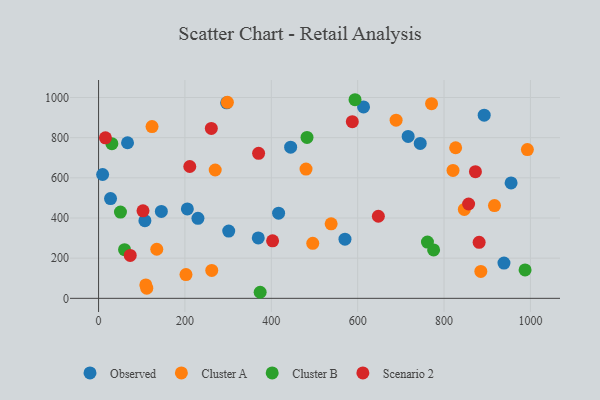
{"axis": {"x": "Study Hours", "y": "Demand"}, "legend": ["Cluster A", "Cluster B", "Observed", "Scenario 2"], "data": [{"x": "570.6", "y": 294.5, "type": "Observed"}, {"x": "145.4", "y": 432.8, "type": "Observed"}, {"x": "67.1", "y": 774.6, "type": "Observed"}, {"x": "296.6", "y": 973.7, "type": "Observed"}, {"x": "27.7", "y": 496.7, "type": "Observed"}, {"x": "230.1", "y": 398.2, "type": "Observed"}, {"x": "369.8", "y": 300.9, "type": "Observed"}, {"x": "716.9", "y": 806.0, "type": "Observed"}, {"x": "9.4", "y": 616.5, "type": "Observed"}, {"x": "205.6", "y": 445.2, "type": "Observed"}, {"x": "955.3", "y": 574.6, "type": "Observed"}, {"x": "107.3", "y": 386.6, "type": "Observed"}, {"x": "938.8", "y": 175.5, "type": "Observed"}, {"x": "893.0", "y": 912.0, "type": "Observed"}, {"x": "444.8", "y": 752.7, "type": "Observed"}, {"x": "613.6", "y": 952.9, "type": "Observed"}, {"x": "744.9", "y": 771.2, "type": "Observed"}, {"x": "301.4", "y": 334.8, "type": "Observed"}, {"x": "416.9", "y": 424.1, "type": "Observed"}, {"x": "689.0", "y": 887.1, "type": "Cluster A"}, {"x": "111.6", "y": 50.4, "type": "Cluster A"}, {"x": "298.3", "y": 976.2, "type": "Cluster A"}, {"x": "123.8", "y": 855.1, "type": "Cluster A"}, {"x": "826.9", "y": 749.7, "type": "Cluster A"}, {"x": "820.8", "y": 637.0, "type": "Cluster A"}, {"x": "916.8", "y": 462.0, "type": "Cluster A"}, {"x": "262.1", "y": 139.0, "type": "Cluster A"}, {"x": "270.1", "y": 639.1, "type": "Cluster A"}, {"x": "538.6", "y": 371.0, "type": "Cluster A"}, {"x": "847.0", "y": 442.5, "type": "Cluster A"}, {"x": "993.0", "y": 740.8, "type": "Cluster A"}, {"x": "885.2", "y": 134.0, "type": "Cluster A"}, {"x": "134.8", "y": 244.5, "type": "Cluster A"}, {"x": "496.0", "y": 273.8, "type": "Cluster A"}, {"x": "202.4", "y": 118.4, "type": "Cluster A"}, {"x": "771.1", "y": 969.0, "type": "Cluster A"}, {"x": "109.4", "y": 66.7, "type": "Cluster A"}, {"x": "480.4", "y": 643.5, "type": "Cluster A"}, {"x": "987.7", "y": 141.5, "type": "Cluster B"}, {"x": "482.7", "y": 801.3, "type": "Cluster B"}, {"x": "761.6", "y": 279.9, "type": "Cluster B"}, {"x": "593.9", "y": 988.9, "type": "Cluster B"}, {"x": "30.8", "y": 770.0, "type": "Cluster B"}, {"x": "60.2", "y": 242.4, "type": "Cluster B"}, {"x": "374.2", "y": 30.2, "type": "Cluster B"}, {"x": "775.9", "y": 241.0, "type": "Cluster B"}, {"x": "50.7", "y": 429.5, "type": "Cluster B"}, {"x": "872.7", "y": 630.6, "type": "Scenario 2"}, {"x": "856.9", "y": 469.6, "type": "Scenario 2"}, {"x": "370.6", "y": 722.2, "type": "Scenario 2"}, {"x": "587.6", "y": 879.5, "type": "Scenario 2"}, {"x": "881.3", "y": 279.1, "type": "Scenario 2"}, {"x": "647.9", "y": 408.7, "type": "Scenario 2"}, {"x": "211.2", "y": 656.5, "type": "Scenario 2"}, {"x": "73.3", "y": 213.7, "type": "Scenario 2"}, {"x": "403.0", "y": 286.5, "type": "Scenario 2"}, {"x": "15.9", "y": 799.3, "type": "Scenario 2"}, {"x": "261.1", "y": 846.0, "type": "Scenario 2"}, {"x": "102.9", "y": 435.8, "type": "Scenario 2"}]}